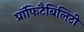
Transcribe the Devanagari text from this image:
प्रॉफिटैबिलिटी